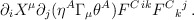
\begin{align*}\partial_iX^\mu \partial_j(\eta^A\Gamma_\mu\theta^A) F^{C\,ik} F^{C}{}_k{}^j\,.\end{align*}